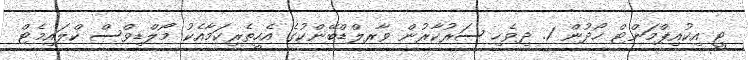
ޓީ އިކުއިޕްމަންޓް ހޯދުން 1. ދިވެހި ސަރުކާރުން ވާރލްޑްބޭންކުގެ އެހީތެރިކަމާއެކު މޯލްޑިވްސް ކްލައިމެޓް